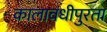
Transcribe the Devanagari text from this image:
कालावधीपुरता